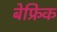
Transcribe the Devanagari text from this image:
बेफ्रिक